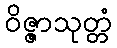
ဝိဇ္ဇာသုတ္တံ